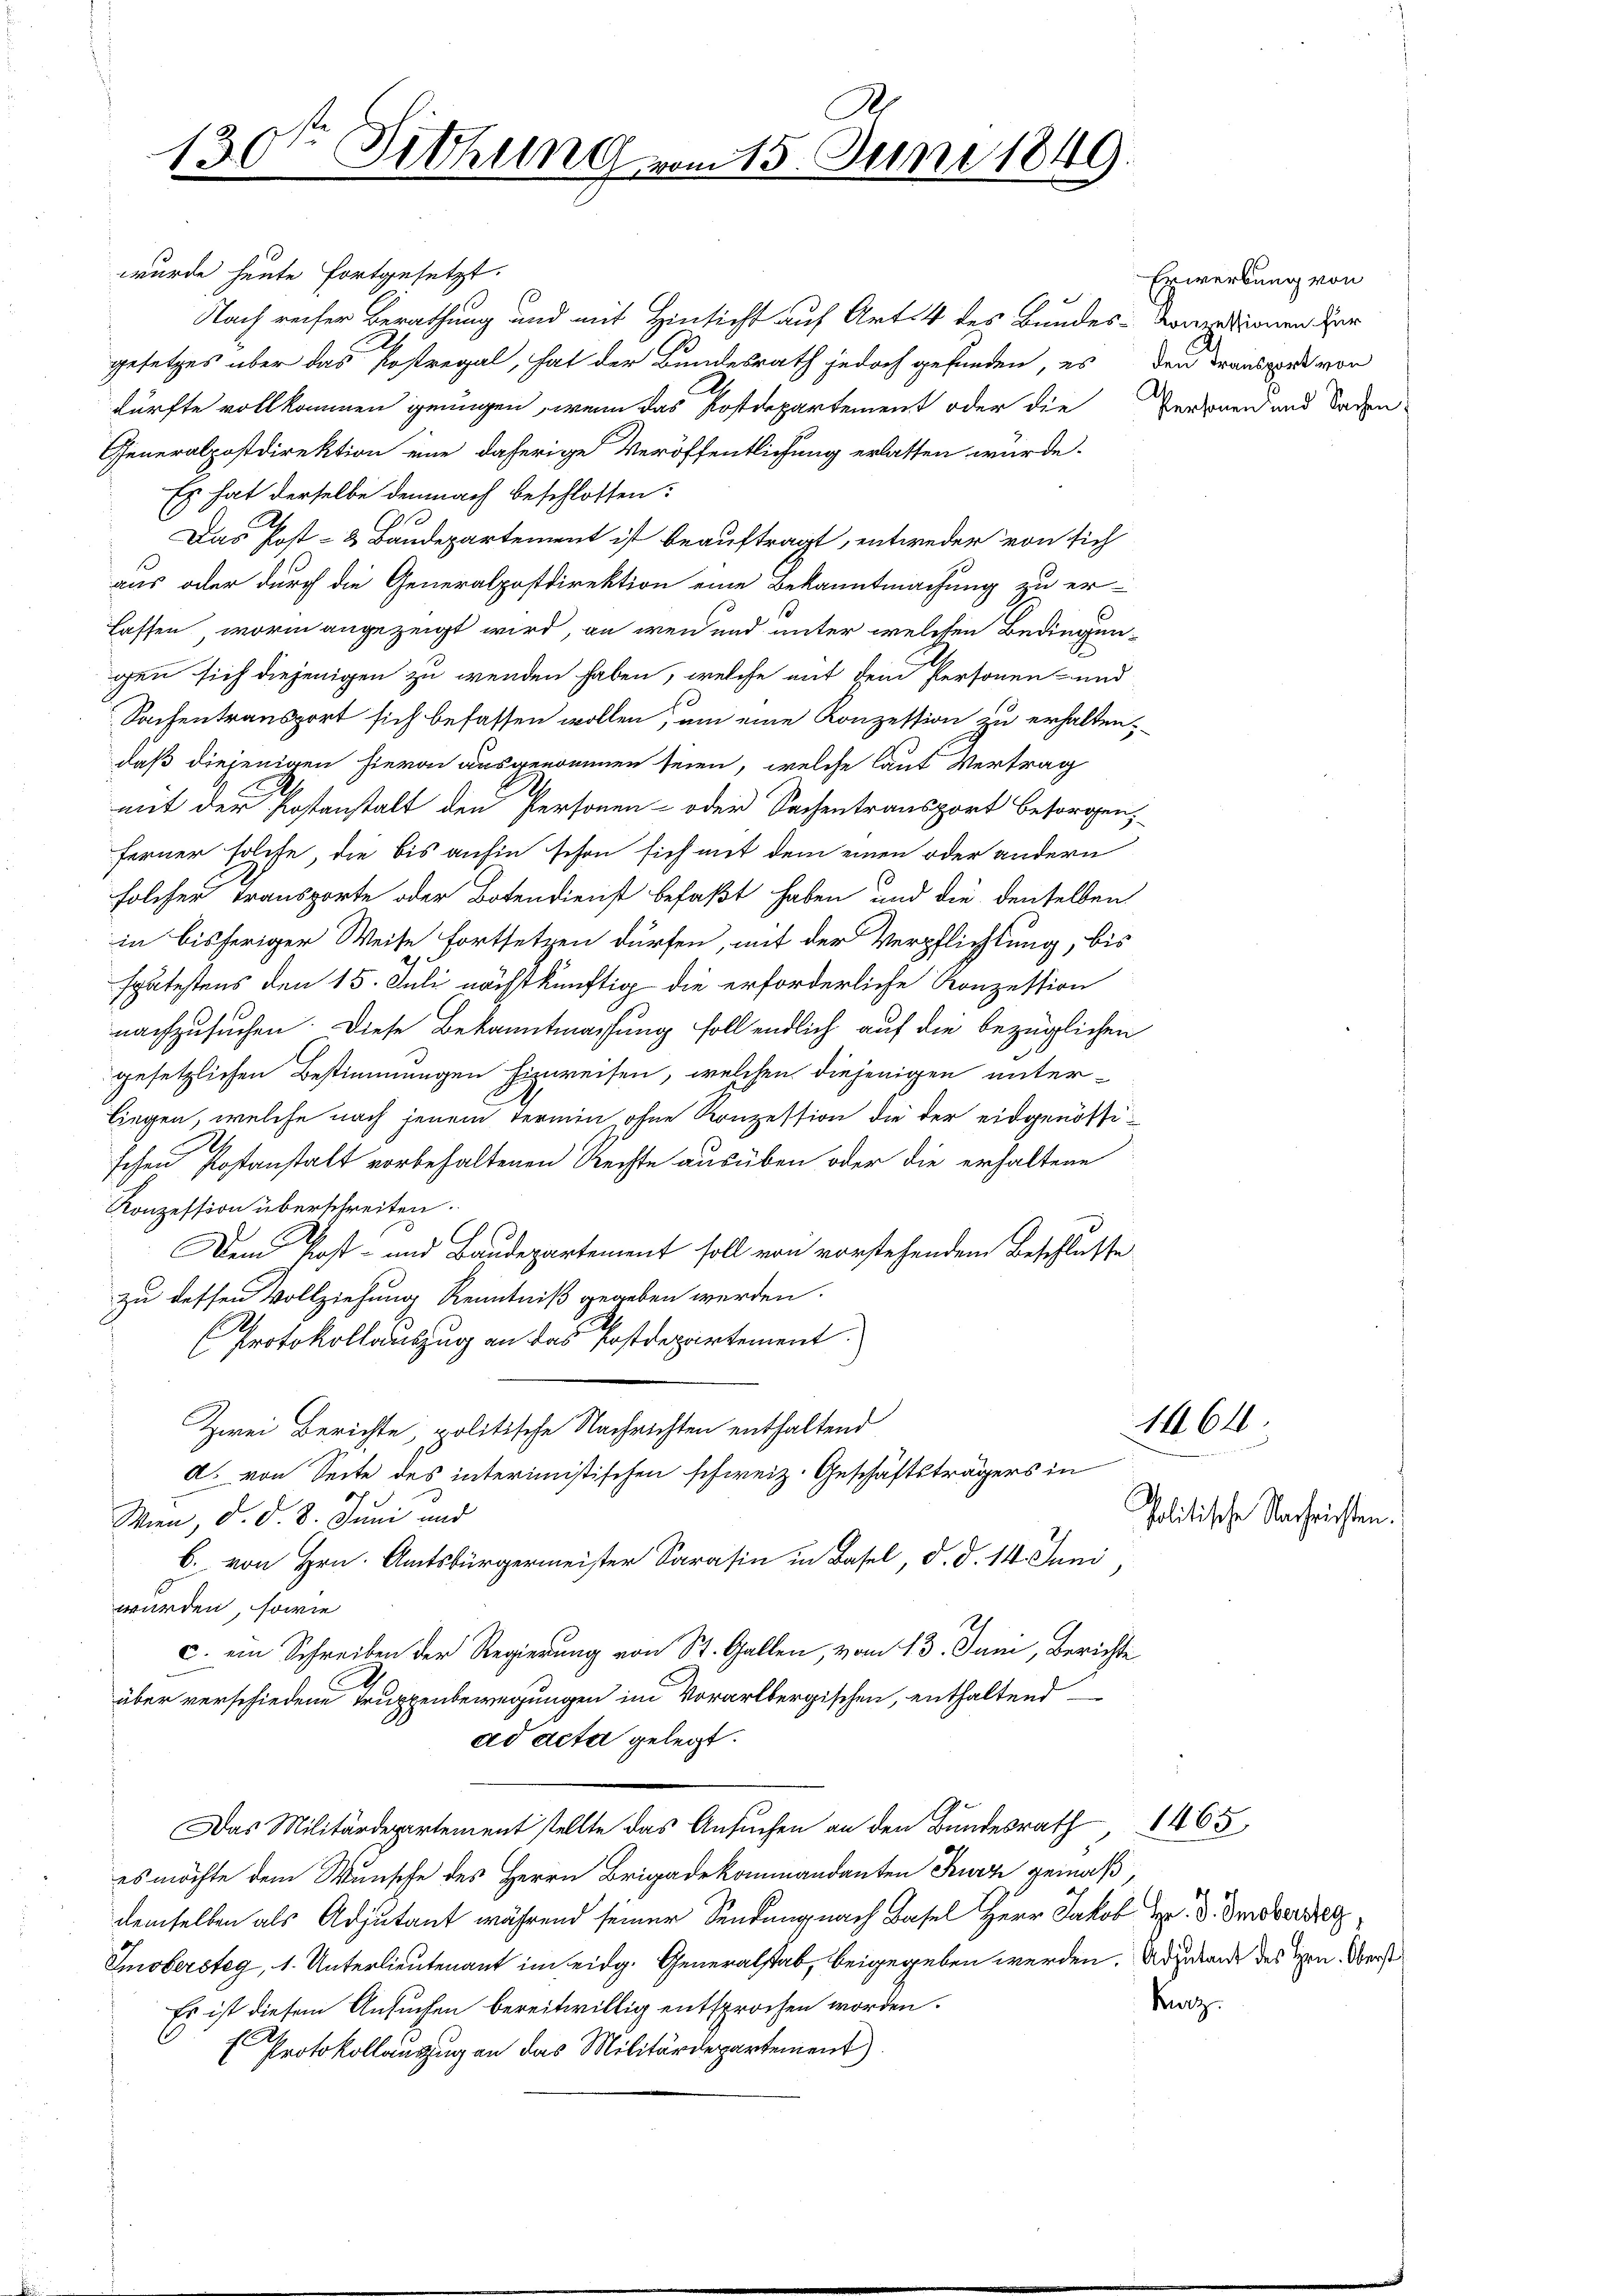
130 Sitzung vom 15. Juni 1849.

wurde heute fortgesetzt.
Generalpostdirektion eine daherige Veröffentlichung erlassen würde.
Es hat derselbe demnach beschlossen:
A
Das Post- & Baudepartement ist beauftragt, entweder von sich
aus oder durch die Generalpostdirektion eine Bekanntmachung zu er-
lassen, worin angezeigt wird, an werd und unter welchen Bedingungen sich diejenigen zu wenden haben, welche mit dem Personen- und
Sachentransport sich befassen wollen, um eine Konzession zu erhalten,
daß diejenigen hievon ausgenommen seien, welche laut Vertrag
mit der Postanstalt den Personen- oder Sachentransport besorgen,
ferner solche, die bis anhin schon sich mit dem einen oder andern
solcher Transporte oder Botendienst befaßt haben und die denselben
in bisheriger Weise fortsetzen dürfen, mit der Verpflichtung, bis
spätestens den 15. Juli nächstkünftig die erforderliche Konzession
nachzusuchen. Diese Bekanntmachung soll endlich auf die bezüglichen
gesetzlichen Bestimmungen Einweisen, welchen diejenigen unter-
liegen, welche nach jenem Termin, ohne Konzession die der eidgenössischen Postanstalt vorbehaltenen Rechte ausüben oder die erhaltene
Konzession überschreiten.
Dem Post- und Baudepartement soll von vorstehendem Beschlusse
zu dessen Vollziehung Kenntniß gegeben werden.
(Protokollauszug an das Postdepartement.
Zwei Berichte, politische Nachrichten enthaltend
A. von Seite des interimistischen schweiz. Geschäftsträgers in
Wien, d. d. 8. Juni und
b. von Hrn. Amtsbürgermeister Sarasin in Basel, d. d. 14. Juni
würden, sowie
c. ein Schreiben der Regierung von St. Gallen, vom 13. Juni, Berichte
über verschiedene Truppenbewegungen im Vorarlbergischen, enthaltend
ad acta gelegt.
Das Militärdepartement stellte das Ansuchen an den Bundesrath 1465
es möchte dem Wunsche des Herrn Brigadekommandanten Kurz gemäß
demselben als Adjutant während seiner Sendung nach Basel Herr Jakob M. D. Probersetz
Emobersteg, 1. Unterlieutenant im eidg. Generalstab, beigegeben werden. Unzulande des Hrn. Oberst
Es ist diesem Ansuchen bereitwillig entsprochen worden.
E Protokollauszug an das Militärdepartement)

Nach reiser Berathung und mit Hinsicht auf Art. 4 des Bundes-Konzedienen Her
gesetzes über das Kostregal, hat der Bundesrath jedoch gefunden, es den Transpiel von
kürfte vollkommen genügen, wenn das Postdepartement oder die Verband und laden

1464

Erwerbung von

politische Nachrichten.

Karz.